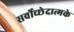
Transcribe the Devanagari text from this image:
सर्वोच्छेदात्मके